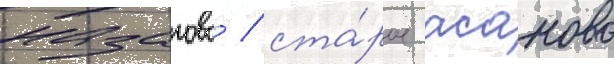
назарово / ста́рое асаново